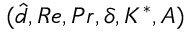
( \hat { d } , R e , P r , \delta , K ^ { * } , A )